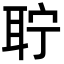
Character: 聍